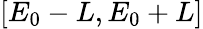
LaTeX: [E_{0}-L,E_{0}+L]